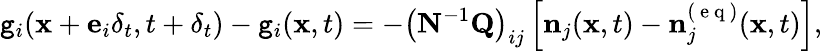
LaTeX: \mathtt{g}_{i}(\mathbf{{x}}+\mathbf{{e}}_{i}\delta_{t},t+\delta_{t})-\mathtt{g}_{i}(\mathbf{{x}},t)=-\left(\mathbf{{N}}^{-1}\mathbf{{Q}}\right)_{ij}\left[\mathbf{{n}}_{j}(\mathbf{{x}},t)-\mathbf{{n}}_{j}^{(\mathrm{{~e~q~}})}(\mathbf{{x}},t)\right],